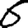
Digit: 6